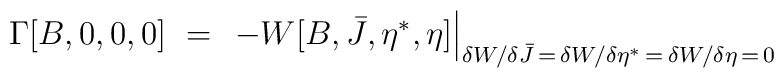
\Gamma[B,0,0,0]\ =\ \left. - W[B,\bar J,\eta^\ast,\eta]\right|_{\delta      W/\delta \bar J \,=\, \delta      W/\delta \eta^\ast\,=\,\delta      W/\delta \eta \,=\, 0}